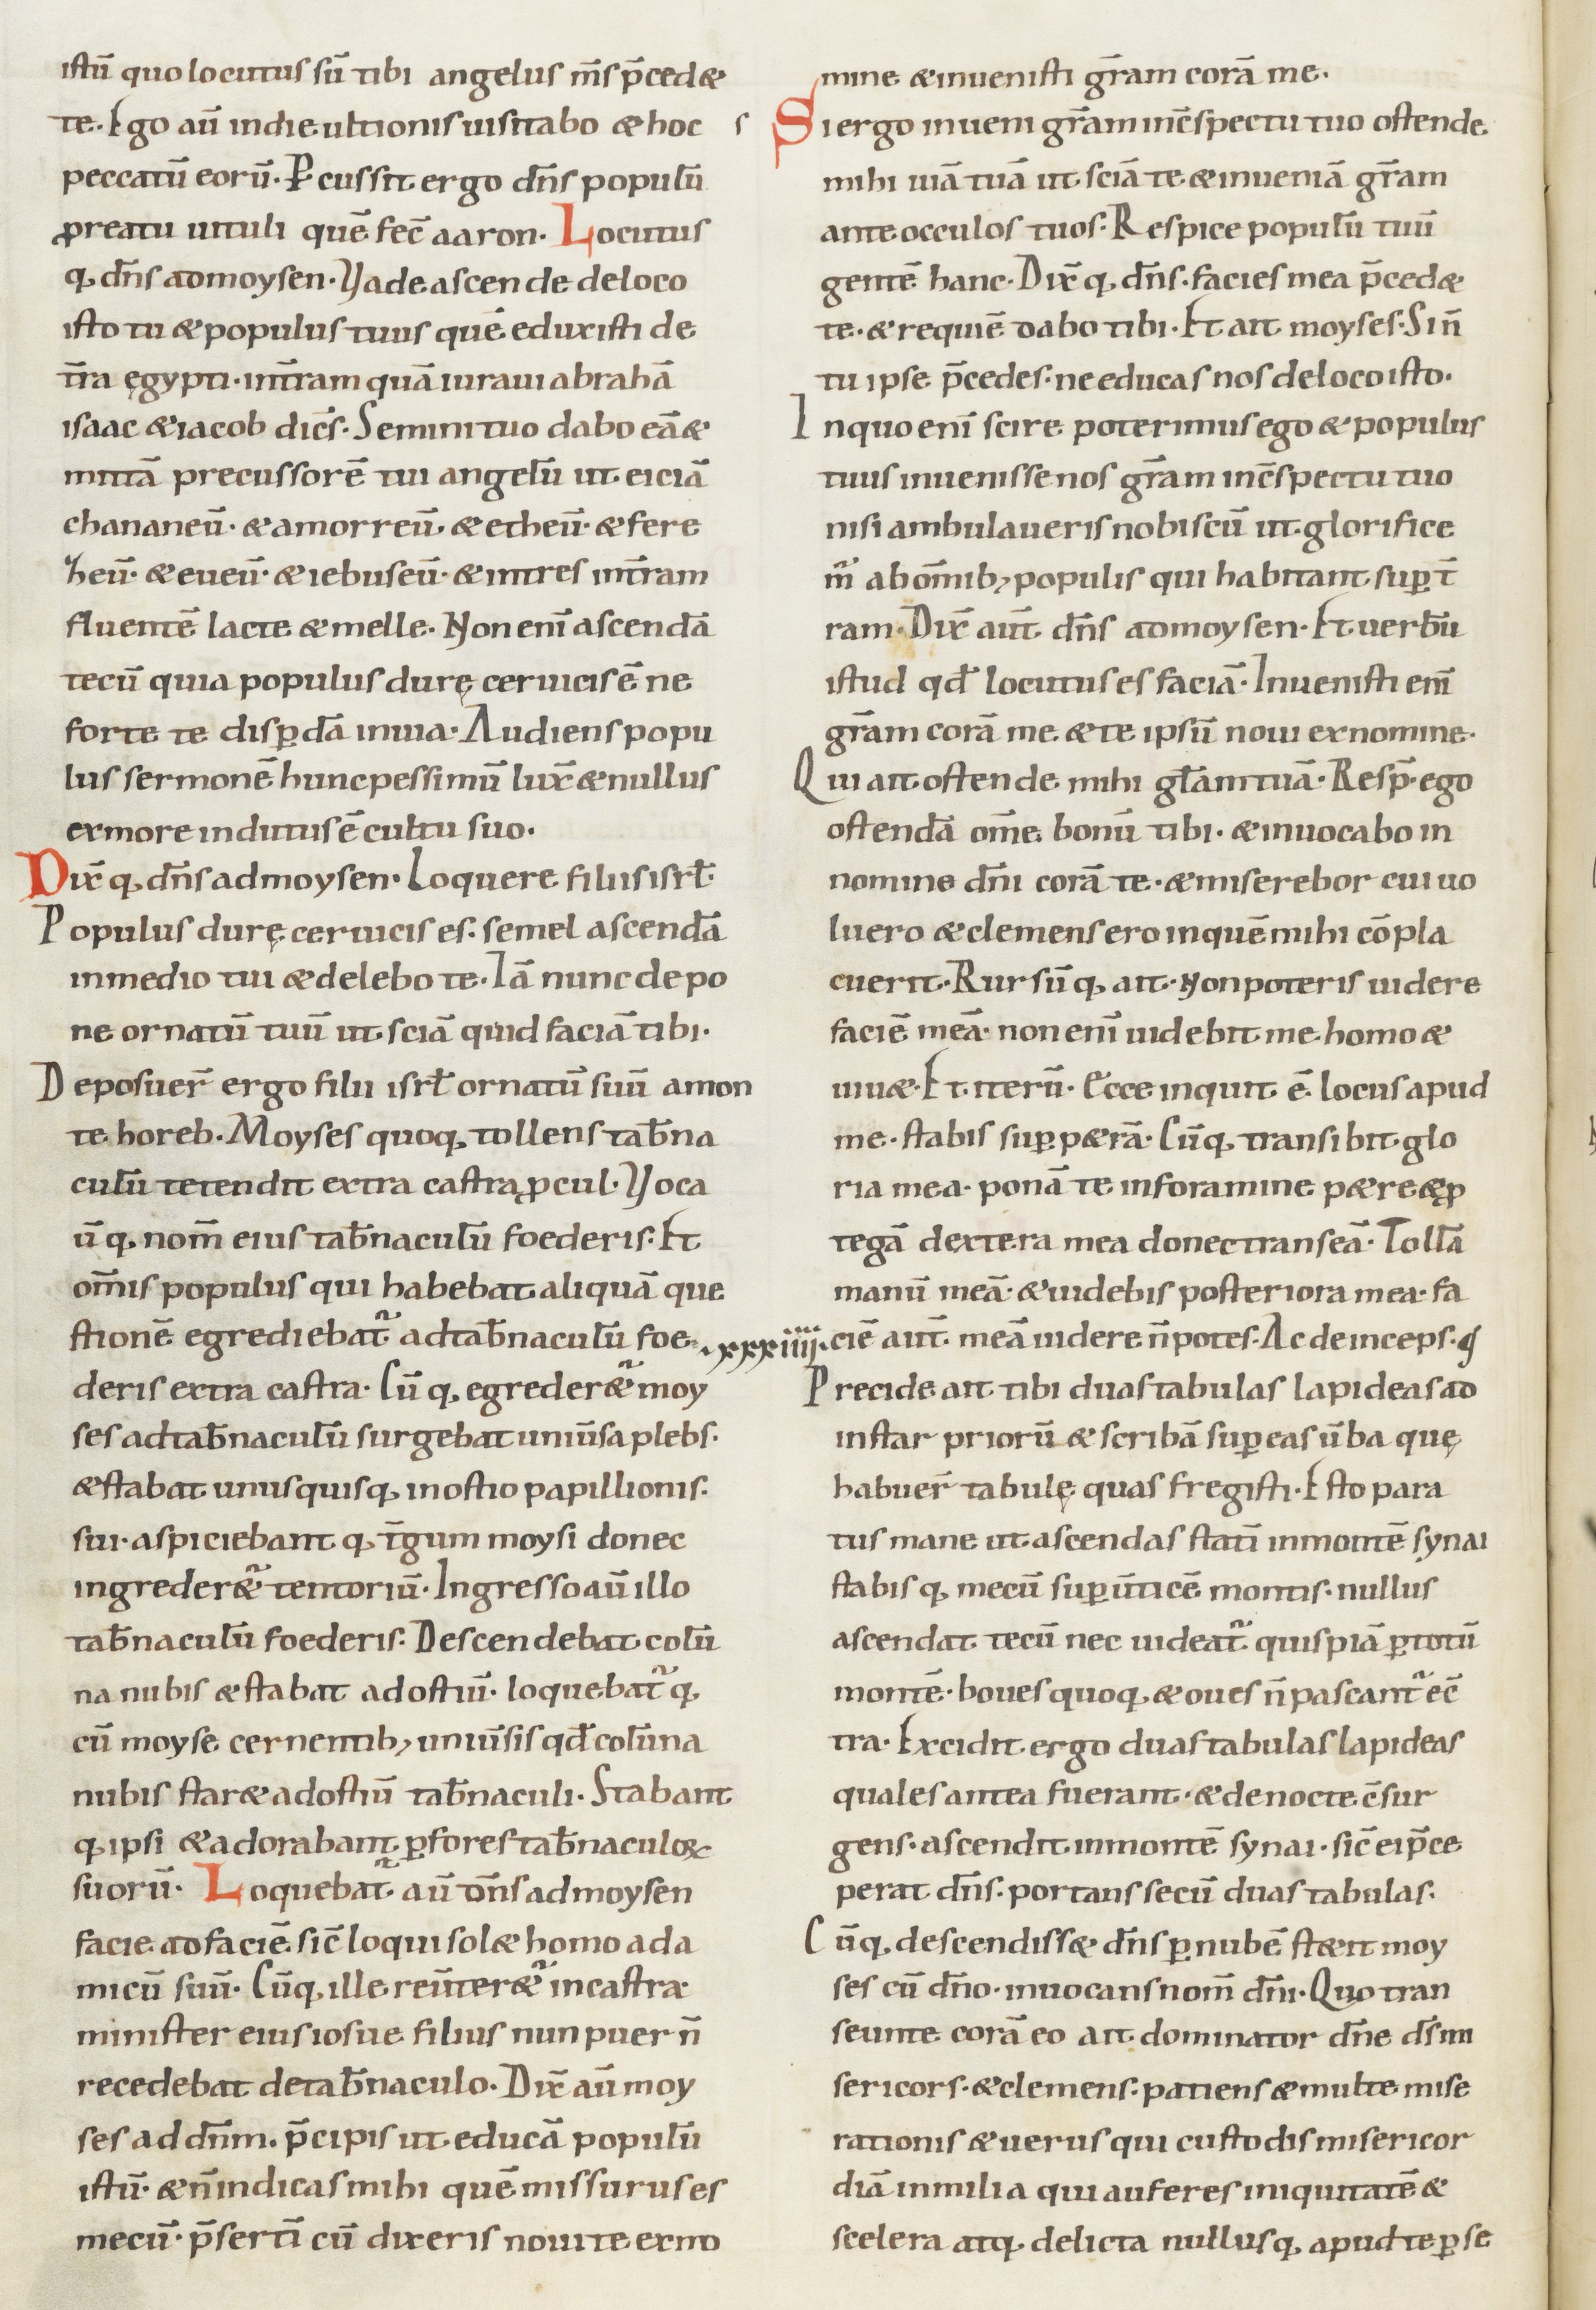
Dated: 900–999